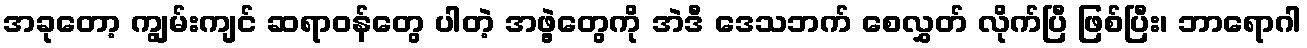
အခုတော့ ကျွမ်းကျင် ဆရာဝန်တွေ ပါတဲ့ အဖွဲ့တွေကို အဲဒီ ဒေသဘက် စေလွှတ် လိုက်ပြီ ဖြစ်ပြီး၊ ဘာရောဂါ